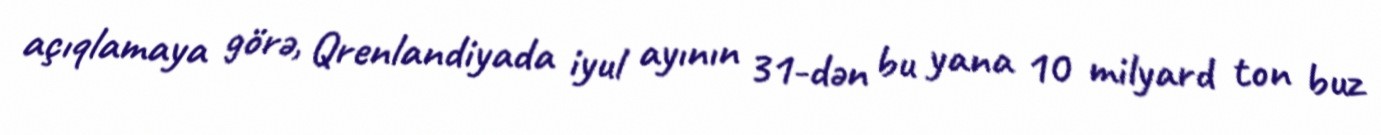
açıqlamaya görə, Qrenlandiyada iyul ayının 31-dən bu yana 10 milyard ton buz